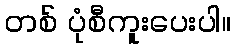
တစ် ပုံစီကူးပေးပါ။